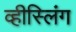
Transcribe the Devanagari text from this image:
व्हीस्लिंग